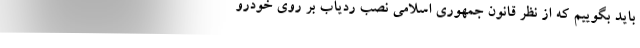
باید بگوییم که از نظر قانون جمهوری اسلامی نصب ردیاب بر روی خودرو